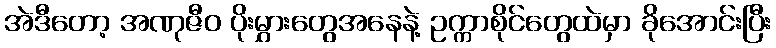
အဲဒီတော့ အဏုဇီဝ ပိုးမွှားတွေအနေနဲ့ ဥက္ကာစိုင်တွေထဲမှာ ခိုအောင်းပြီး